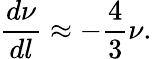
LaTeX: \frac{d\nu}{dl}\approx-\frac{4}{3}\nu.